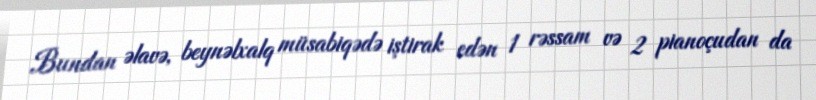
Bundan əlavə, beynəlxalq müsabiqədə iştirak edən 1 rəssam və 2 pianoçudan da